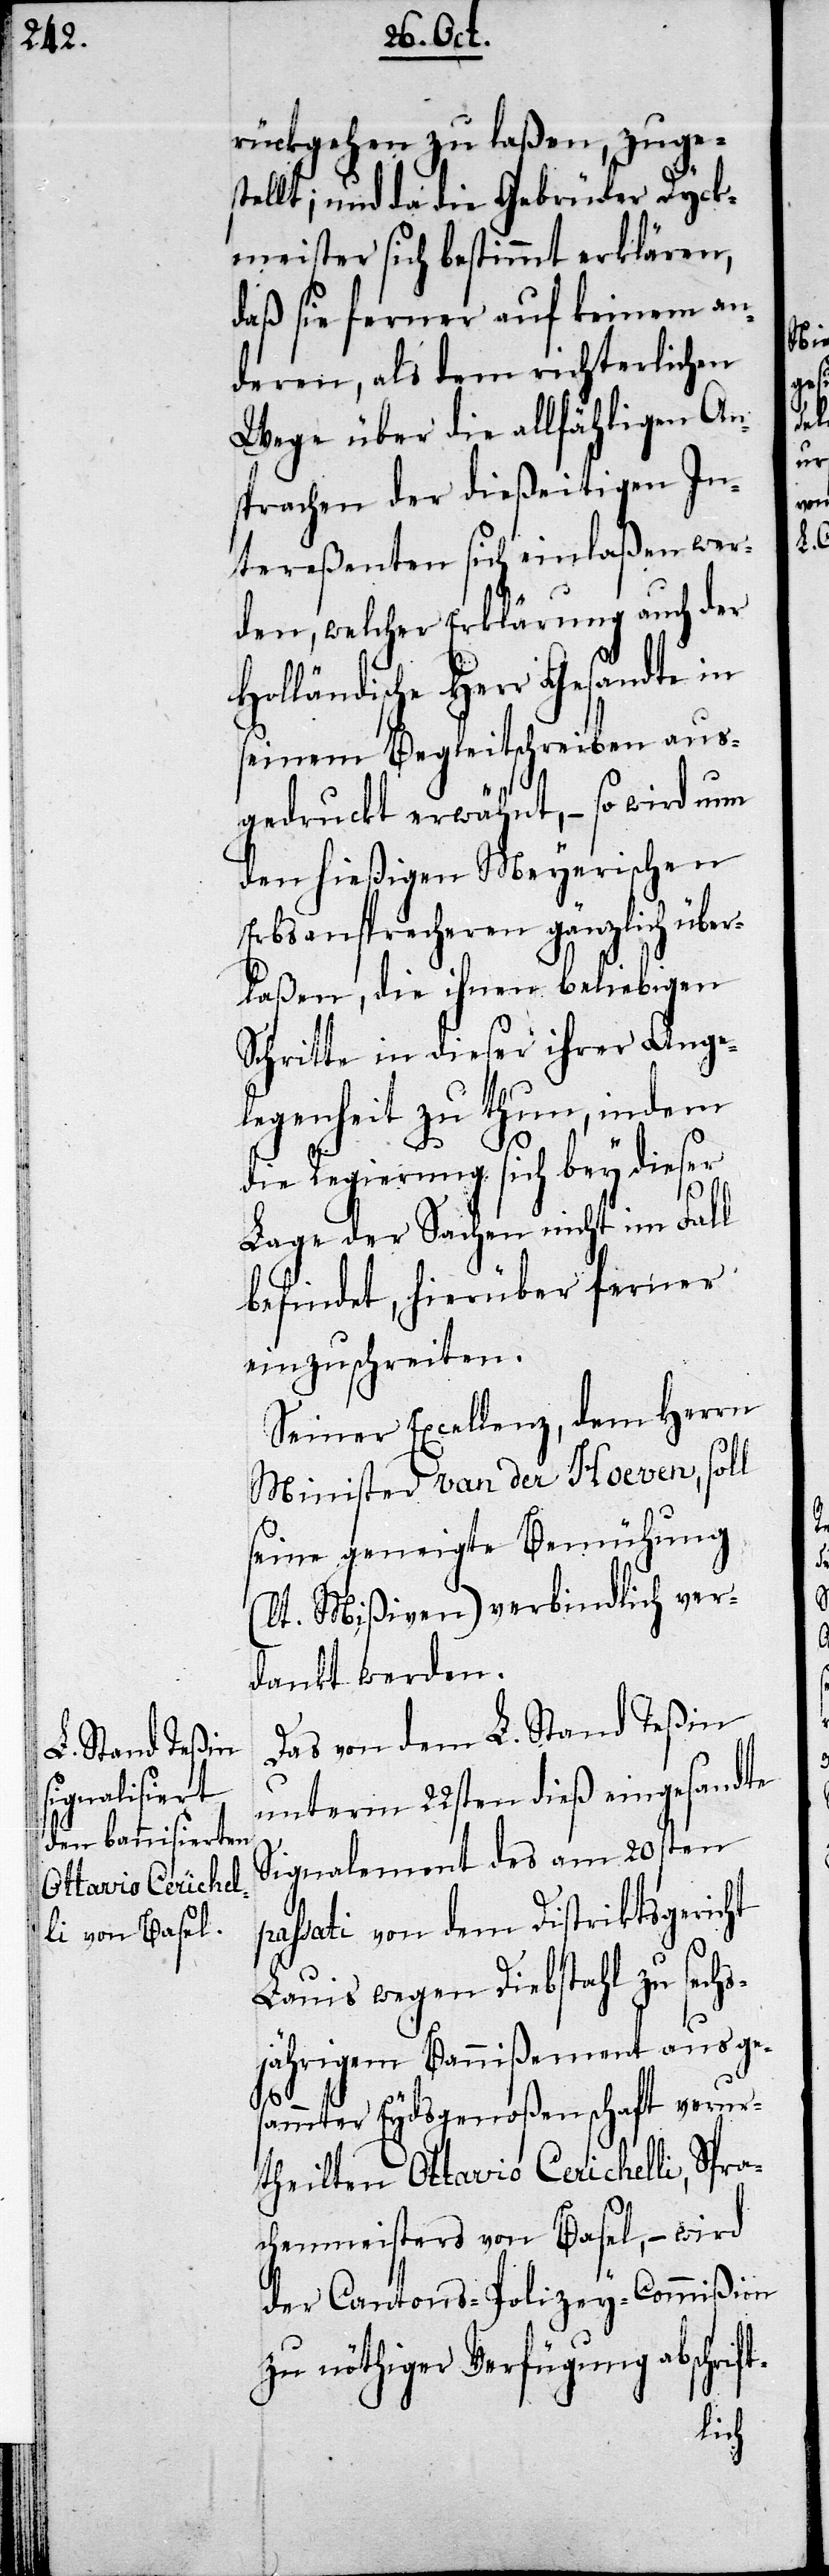
rückgehen zu laßen; zuge¬
stellt; und da die Gebrüder Dyck¬
meister sich bestimmt erklären,
daß sie ferner auf keinem an¬
deren, als dem richterlichen
Wege über die allfähligen An¬
sprachen der dießeitigen In¬
tereßenten sich einlaßen wer¬
den, welcher Erklärung auch der
Holländische HHerr Gesandte in
seinem Begleitschreiben aus¬
gedruckt erwähnt, – so wird nun
den hießigen Meyerischen
Erbsansprecheren gänzlich über¬
laßen, die ihnen beliebigen
Schritte in dieser ihrer Ange¬
legenheit zu thun, indem
die Regierung sich bey dieser
Lage der Sachen nicht im Fall
befindet, hierüber ferner
einzuschreiten.
Seiner Excellenz, dem Herrn
Minister van der Hoeven, soll
seine geneigte Bemühung
(lt. Mißiven) verbindlich ver¬
dankt werden.
Das von dem L. Stand Teßin
unterm 22sten dieß eingesandte
Signalement des am 20sten
assati von dem Distriksgericht
Lauis wegen Diebstahl zu sechs¬
jährigem Bannißement aus ge¬
t-
sammter Eydsgenoßenschaft verur¬
theilten Ottavio Cerichelli, Spra¬
chenmeisters von Basel, – wird
der Cantons-Polizey-Commißion
zu nöthiger Verfügung abschrif¬